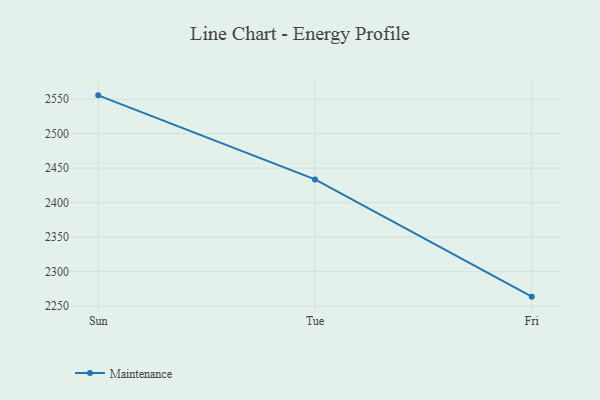
{"axis": {"x": "Day", "y": "Waste Production (Tons)"}, "legend": ["Maintenance"], "data": [{"x": "Sun", "y": 2555.6, "type": "Maintenance"}, {"x": "Tue", "y": 2433.7, "type": "Maintenance"}, {"x": "Fri", "y": 2263.7, "type": "Maintenance"}]}